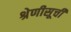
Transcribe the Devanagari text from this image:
श्रेणीसूची